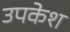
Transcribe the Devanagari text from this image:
उपकेश